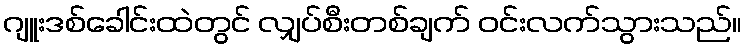
ဂျူးဒစ်ခေါင်းထဲတွင် လျှပ်စီးတစ်ချက် ဝင်းလက်သွားသည်။